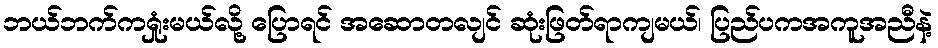
ဘယ်ဘက်ကရှုံးမယ်လို့ ပြောရင် အဆောတလျင် ဆုံးဖြတ်ရာကျမယ်၊ ပြည်ပကအကူအညီနဲ့